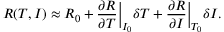
R ( T , I ) \approx R _ { 0 } + \frac { \partial R } { \partial T } \bigg | _ { I _ { 0 } } \delta T + \frac { \partial R } { \partial I } \bigg | _ { T _ { 0 } } \delta I .